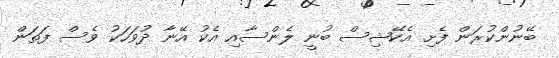
ބޭނުންކުރަން ފެށި އެކޭޝިސް ބުނީ ލެންސާއި އެކު އޭނާ ދުވަހަކު ވެސް ފަތަން